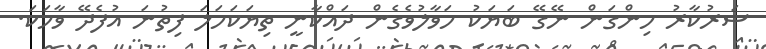
ސަރުކާރު ހިންގަން ނޭގޭ ބަޔަކު ހަވާލުވެގެން ދައްކާނީ ތިޔަކަހަލަ ފިތުނަ އުފެދޭ ވާހަކަ.